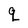
Character: q